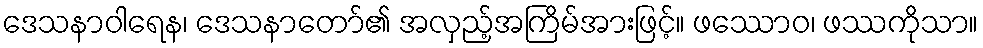
ဒေသနာဝါရေန၊ ဒေသနာတော်၏ အလှည့်အကြိမ်အားဖြင့်။ ဖဿောဝ၊ ဖဿကိုသာ။